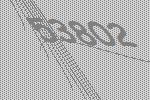
53802